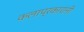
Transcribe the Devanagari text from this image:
कलाप्रकारांनी